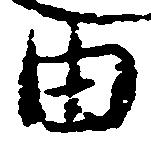
由